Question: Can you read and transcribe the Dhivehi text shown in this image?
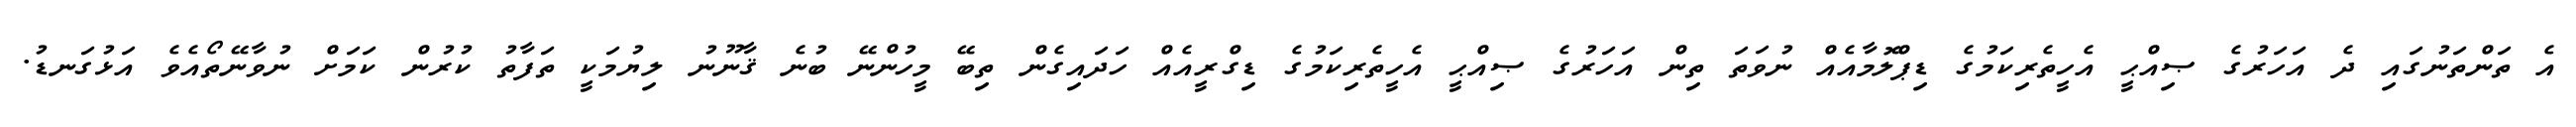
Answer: އެ ތަންތަނުގައި ދެ އަހަރުގެ ޞިއްޙީ އެހީތެރިކަމުގެ ޑިޕްލޮމާއެއް ނުވަތަ ތިން އަހަރުގެ ޞިއްޙީ އެހީތެރިކަމުގެ ޑިގްރީއެއް ހަދައިގެން ތިބޭ މީހުންނޭ ބުނެ ޤާނޫނު ލިޔުމަކީ ތަފާތު ކުރުން ކަމަށް ނުވާނޭތޯއެވެ އަޅުގަނޑު.